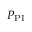
P _ { \mathrm { P I } }